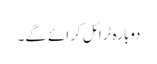
دوبارہ ٹرائل کرائے گے۔